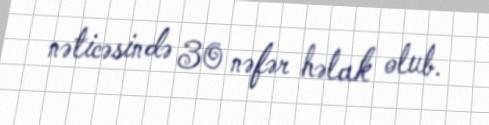
nəticəsində 30 nəfər həlak olub.